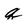
Character: q